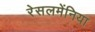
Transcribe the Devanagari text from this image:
रेसलमेंनिया